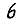
Digit: 6